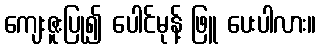
ကျေးဇူးပြု၍ ပေါင်မုန့် ဖြူ ပေးပါလား။